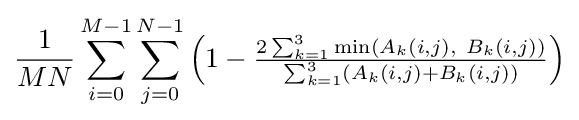
{\frac {1}{MN}}\sum _{i=0}^{M-1}\sum _{j=0}^{N-1}{\begin{pmatrix}1-{\frac {2\sum _{k=1}^{3}{\text{min}}(A_{k}(i,j),\ B_{k}(i,j))}{\sum _{k=1}^{3}(A_{k}(i,j)+B_{k}(i,j))}}\end{pmatrix}}